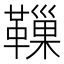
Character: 𩍀